Insane asylums in Bengal annual reports 1876-1887 - 1876-1887
Year: 1876
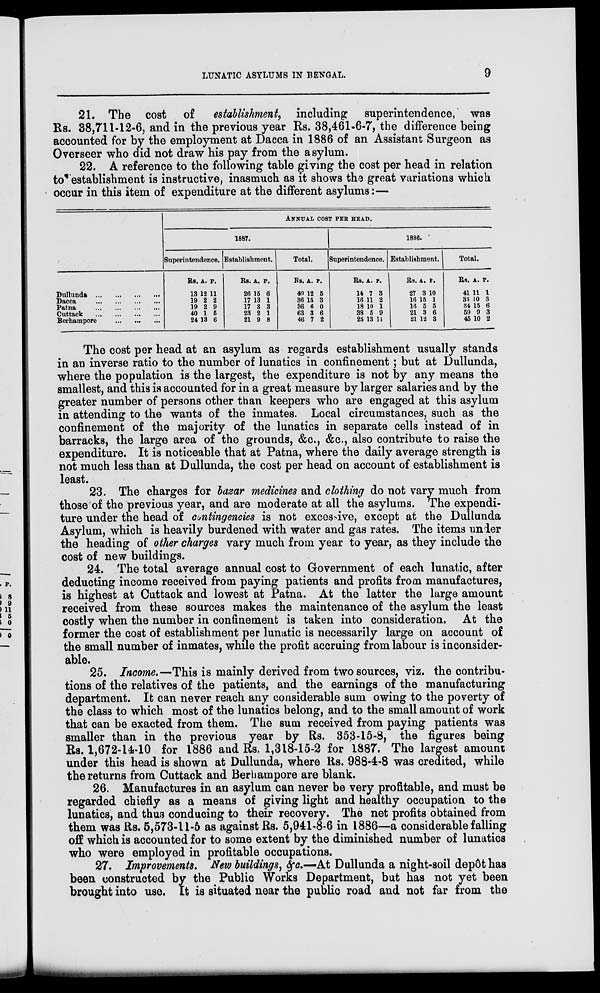
LUNATIC ASYLUMS IN BENGAL.
9
21. The cost of establishment, including superintendence, was
Rs. 38,711-12-6, and in the previous year Rs. 38,461-6-7, the difference being
accounted for by the employment at Dacca in 1886 of an Assistant Surgeon as
Overseer who did not draw his pay from the asylum.
22. A reference to the following table giving the cost per head in relation
to establishment is instructive, inasmuch as it shows the great variations which
occur in this item of expenditure at the different asylums:—
Dullunda
...
...
...
...
Dacca
...
...
...
...
Patna
...
...
...
...
Cuttack
...
...
...
...
Berhampore ... ... ...
ANNUAL COST PER HEAD.
1887.
Superintendence.
Rs.
13
19
19
40
24
A.
12
2
2
1
13
P.
11
2
9
5
6
Establishment.
Rs.
26
17
17
23
21
A.
15
13
3
2
9
P.
6
1
3
1
8
Total.
Rs.
40
36
36
63
46
A.
12
15
6
3
7
P.
5
3
0
6
2
1886.
Superintendence.
Rs.
14
16
18
38
23
A.
7
11
10
5
13
P.
3
2
1
9
11
Establishment.
Rs.
27
16
16
21
21
A.
3
15
5
3
12
P.
10
1
5
6
3
Total.
Rs.
41
33
34
59
45
A.
11
10
15
9
10
P.
1
3
6
3
2
The cost per head at an asylum as regards establishment usually stands
in an inverse ratio to the number of lunatics in confinement; but at Dullunda,
where the population is the largest, the expenditure is not by any means the
smallest, and this is accounted for in a great measure by larger salaries and by the
greater number of persons other than keepers who are engaged at this asylum
in attending to the wants of the inmates. Local circumstances, such as the
confinement of the majority of the lunatics in separate cells instead of in
barracks, the large area of the grounds, &c., &c., also contribute to raise the
expenditure. It is noticeable that at Patna, where the daily average strength is
not much less than at Dullunda, the cost per head on account of establishment is
least.
23. The charges for bazar medicines and clothing do not vary much from
those of the previous year, and are moderate at all the asylums. The expendi-
ture under the head of contingencies is not excessive, except at the Dullunda
Asylum, which is heavily burdened with water and gas rates. The items under
the heading of other charges vary much from year to year, as they include the
cost of new buildings.
24. The total average annual cost to Government of each lunatic, after
deducting income received from paying patients and profits from manufactures,
is highest at Cuttack and lowest at Patna. At the latter the large amount
received from these sources makes the maintenance of the asylum the least
costly when the number in confinement is taken into consideration. At the
former the cost of establishment per lunatic is necessarily large on account of
the small number of inmates, while the profit accruing from labour is inconsider-
able.
25. Income.—This is mainly derived from two sources, viz. the contribu-
tions of the relatives of the patients, and the earnings of the manufacturing
department. It can never reach any considerable sum owing to the poverty of
the class to which most of the lunatics belong, and to the small amount of work
that can be exacted from them. The sum received from paying patients was
smaller than in the previous year by Rs. 353-15-8, the figures being
Rs. 1,672-14-10 for 1886 and Rs. 1,318-15-2 for 1887. The largest amount
under this head is shown at Dullunda, where Rs. 988-4-8 was credited, while
the returns from Cuttack and Berhampore are blank.
26. Manufactures in an asylum can never be very profitable, and must be
regarded chiefly as a means of giving light and healthy occupation to the
lunatics, and thus conducing to their recovery. The net profits obtained from
them was Rs. 5,573-11-5 as against Rs. 5,941-8-6 in 1886—a considerable falling
off which is accounted for to some extent by the diminished number of lunatics
who were employed in profitable occupations.
27. Improvements. New buildings, &c.—At Dullunda a night-soil depôt has
been constructed by the Public Works Department, but has not yet been
brought into use. It is situated near the public road and not far from the